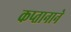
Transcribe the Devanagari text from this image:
कप्‍तानाने